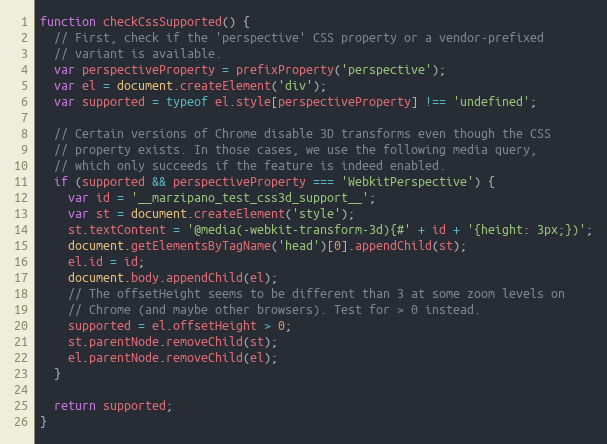
Language: JavaScript
function checkCssSupported() {
  // First, check if the 'perspective' CSS property or a vendor-prefixed
  // variant is available.
  var perspectiveProperty = prefixProperty('perspective');
  var el = document.createElement('div');
  var supported = typeof el.style[perspectiveProperty] !== 'undefined';

  // Certain versions of Chrome disable 3D transforms even though the CSS
  // property exists. In those cases, we use the following media query,
  // which only succeeds if the feature is indeed enabled.
  if (supported && perspectiveProperty === 'WebkitPerspective') {
    var id = '__marzipano_test_css3d_support__';
    var st = document.createElement('style');
    st.textContent = '@media(-webkit-transform-3d){#' + id + '{height: 3px;})';
    document.getElementsByTagName('head')[0].appendChild(st);
    el.id = id;
    document.body.appendChild(el);
    // The offsetHeight seems to be different than 3 at some zoom levels on
    // Chrome (and maybe other browsers). Test for > 0 instead.
    supported = el.offsetHeight > 0;
    st.parentNode.removeChild(st);
    el.parentNode.removeChild(el);
  }

  return supported;
}